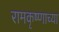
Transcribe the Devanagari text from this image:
रामकृष्णाच्या